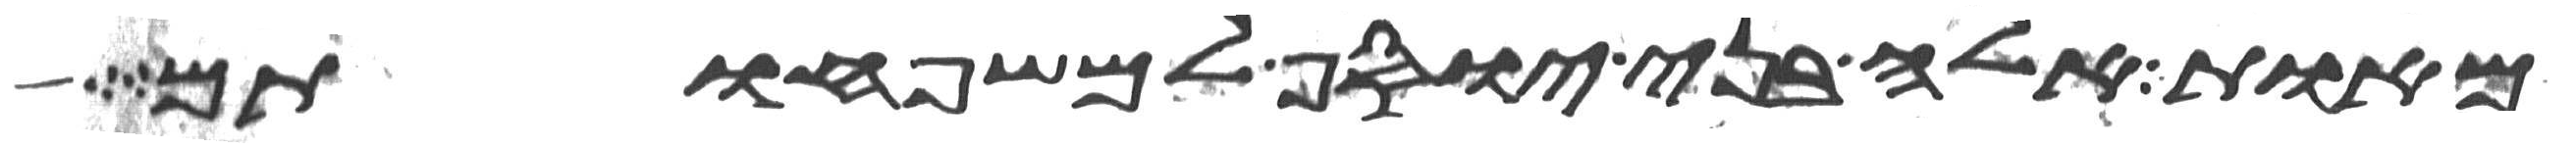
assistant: מאות אלה בני יוסף למשפחותם